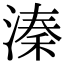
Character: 溱